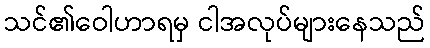
သင်၏ဝေါဟာရမှ ငါအလုပ်များနေသည်